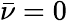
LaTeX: \bar{\nu}=0